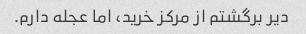
دیر برگشتم از مرکز خرید، اما عجله دارم.